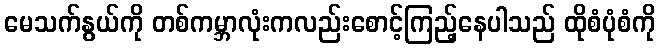
မေသက်နွယ်ကို တစ်ကမ္ဘာလုံးကလည်းစောင့်ကြည့်နေပါသည် ထိုစံပုံစံကို